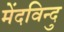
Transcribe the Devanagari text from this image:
मेंदविन्दु